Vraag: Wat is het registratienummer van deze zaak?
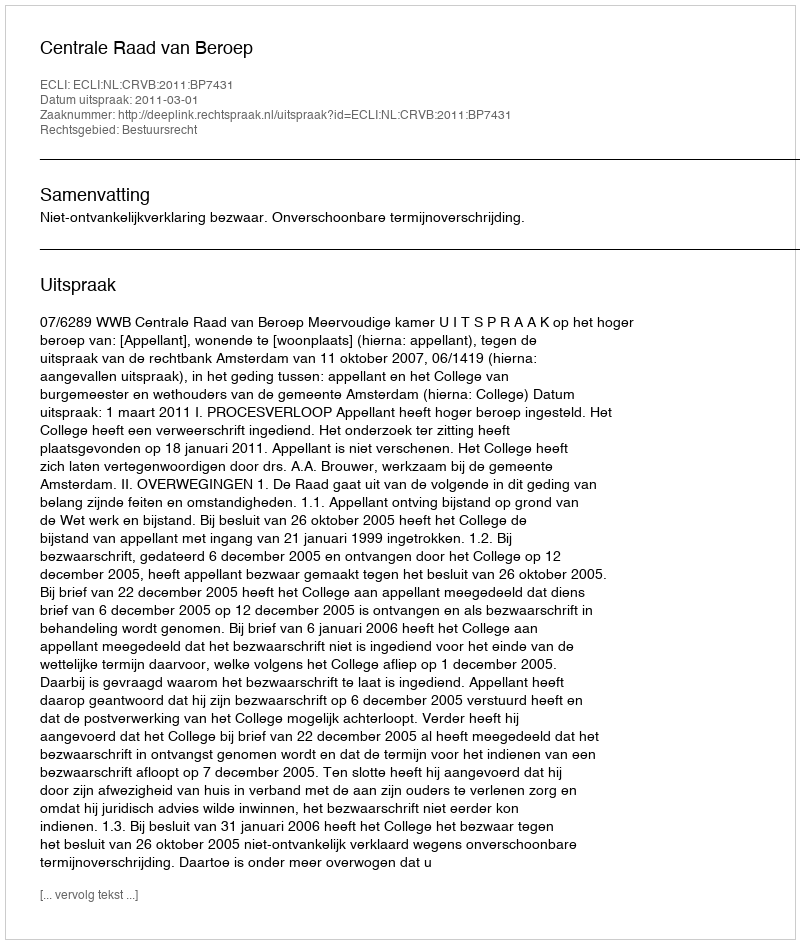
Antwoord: http://deeplink.rechtspraak.nl/uitspraak?id=ECLI:NL:CRVB:2011:BP7431